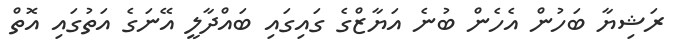
ރަޝިޔާ ބަހުން އެހެން ބުނެ އަޔާޒްގެ ގައިގައި ބައްދާލީ އޭނަގެ އަތުގައި އޮތް